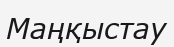
Маңқыстау